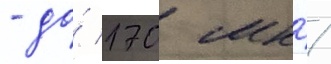
- до́ 170 мкр/